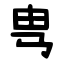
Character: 㽕